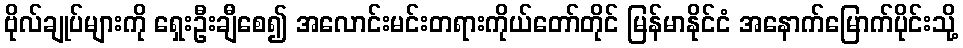
ဗိုလ်ချုပ်များကို ရှေးဦးချီစေ၍ အလောင်းမင်းတရားကိုယ်တော်တိုင် မြန်မာနိုင်ငံ အနောက်မြောက်ပိုင်းသို့